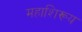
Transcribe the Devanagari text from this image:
महाशिरूय